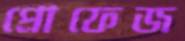
প্রোফেজ